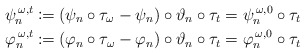
\begin{align*} \psi_n^{\,\omega,t}&\coloneqq (\psi_n\circ\tau_{\omega}-\psi_n)\circ\vartheta_n\circ\tau_t=\psi_n^{\,\omega,0}\circ\tau_t\\ \varphi_n^{\,\omega,t}&\coloneqq(\varphi_n\circ\tau_{\omega}-\varphi_n)\circ\vartheta_n\circ\tau_t=\varphi_n^{\,\omega,0}\circ\tau_t\end{align*}